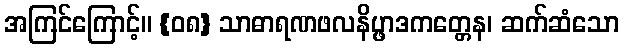
အကြင်ကြောင့်။ {၀၈} သာဓာရဏဖလနိပ္ဖာဒကတ္တေန၊ ဆက်ဆံသော